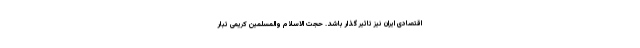
اقتصادی ایران نیز تاثیر گذار باشد. حجت الاسلام والمسلمین کریمی تبار